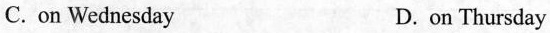
C. on Wednesday D. on Thursday